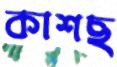
কাশছ